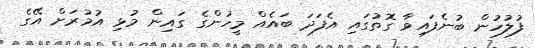
ފުލުހުން ބުނެފައިވާ ގޮތުގައި އެފަދަ ބައެއް މީހުންގެ ގައިން މުޅި އުމުރަށް އޭގެ